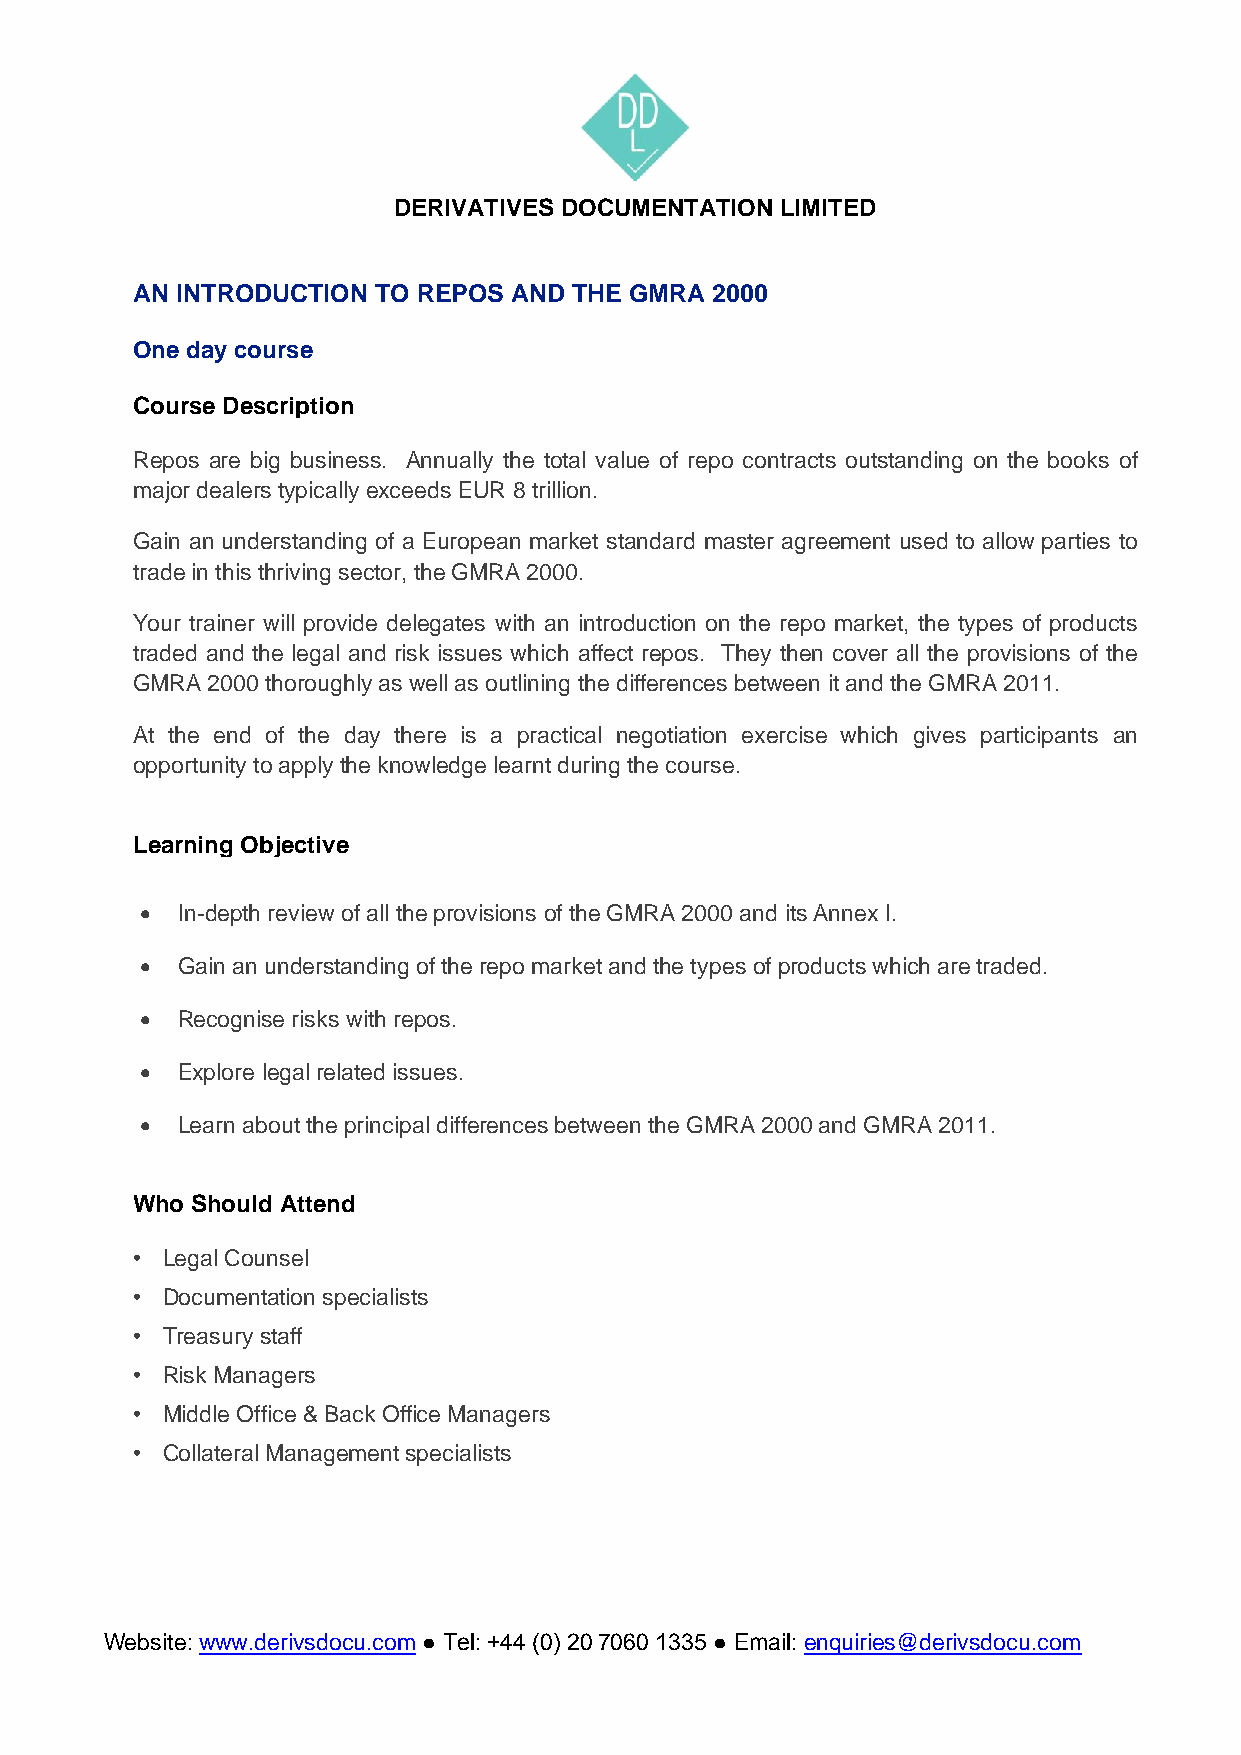
DERIVATIVES DOCUMENTATION LIMITED
 AN INTRODUCTION TO REPOS AND THE GMRA 2000
 One day course
 Course Description
 Repos are big business. Annually the total value of repo contracts outstanding on the books of
 major dealers typically exceeds EUR 8 trillion.
 Gain an understanding of a European market standard master agreement used to allow parties to
 trade in this thriving sector, the GMRA 2000.
 Your trainer will provide delegates with an introduction on the repo market, the types of products
 traded and the legal and risk issues which affect repos. They then cover all the provisions of the
 GMRA 2000 thoroughly as well as outlining the differences between it and the GMRA 2011.
 At the end of the day there is a practical negotiation exercise which gives participants an
 opportunity to apply the knowledge learnt during the course.
 Learning Objective
 •  In-depth review of all the provisions of the GMRA 2000 and its Annex I.
 •  Gain an understanding of the repo market and the types of products which are traded.
 •  Recognise risks with repos.
 •  Explore legal related issues.
 •  Learn about the principal differences between the GMRA 2000 and GMRA 2011.
 Who Should Attend
 • Legal Counsel
 • Documentation specialists
 • Treasury staff
 • Risk Managers
 • Middle Office & Back Office Managers
 • Collateral Management specialists
 Website: www.derivsdocu.com ● Tel: +44 (0) 20 7060 1335 ● Email: enquiries@derivsdocu.com